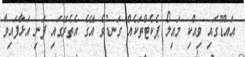
އައްޑޫގައި ވިއްކި މައިލޯ ޕެކެޓްތަކެއް ގަނޑުވެ އޭގެ އެތެރޭގައި ފަނި އަޅާފައިވާ